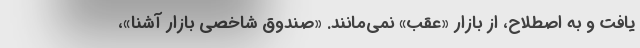
یافت و به اصطلاح، از بازار «عقب» نمی‌مانند. «صندوق شاخصی بازار آَشنا»،